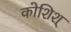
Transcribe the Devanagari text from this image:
कोशिश्